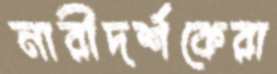
নারীদর্শকেরা